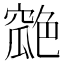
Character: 𦫪